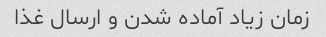
زمان زیاد آماده شدن و ارسال غذا